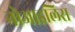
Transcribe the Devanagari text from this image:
नोआइलिस